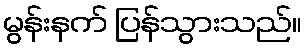
မွန်းနက် ပြန်သွားသည်။